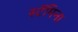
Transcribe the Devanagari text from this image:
स्टॅमिना